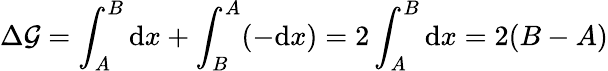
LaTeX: \Delta\mathcal{G}=\int_{A}^{B}{\mathrm{{d}}}x+\int_{B}^{A}(-{\mathrm{{d}}}x)=2\int_{A}^{B}{\mathrm{{d}}}x=2(B-A)